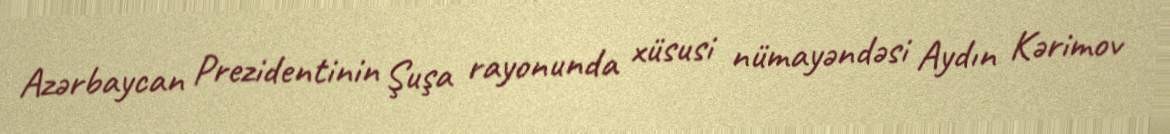
Azərbaycan Prezidentinin Şuşa rayonunda xüsusi nümayəndəsi Aydın Kərimov